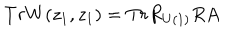
LaTeX: T r W ( z _ { 1 } , z _ { 1 } ) = T r R _ { U ( 1 ) } R A